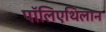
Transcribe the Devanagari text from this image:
पॉलिएथिलान